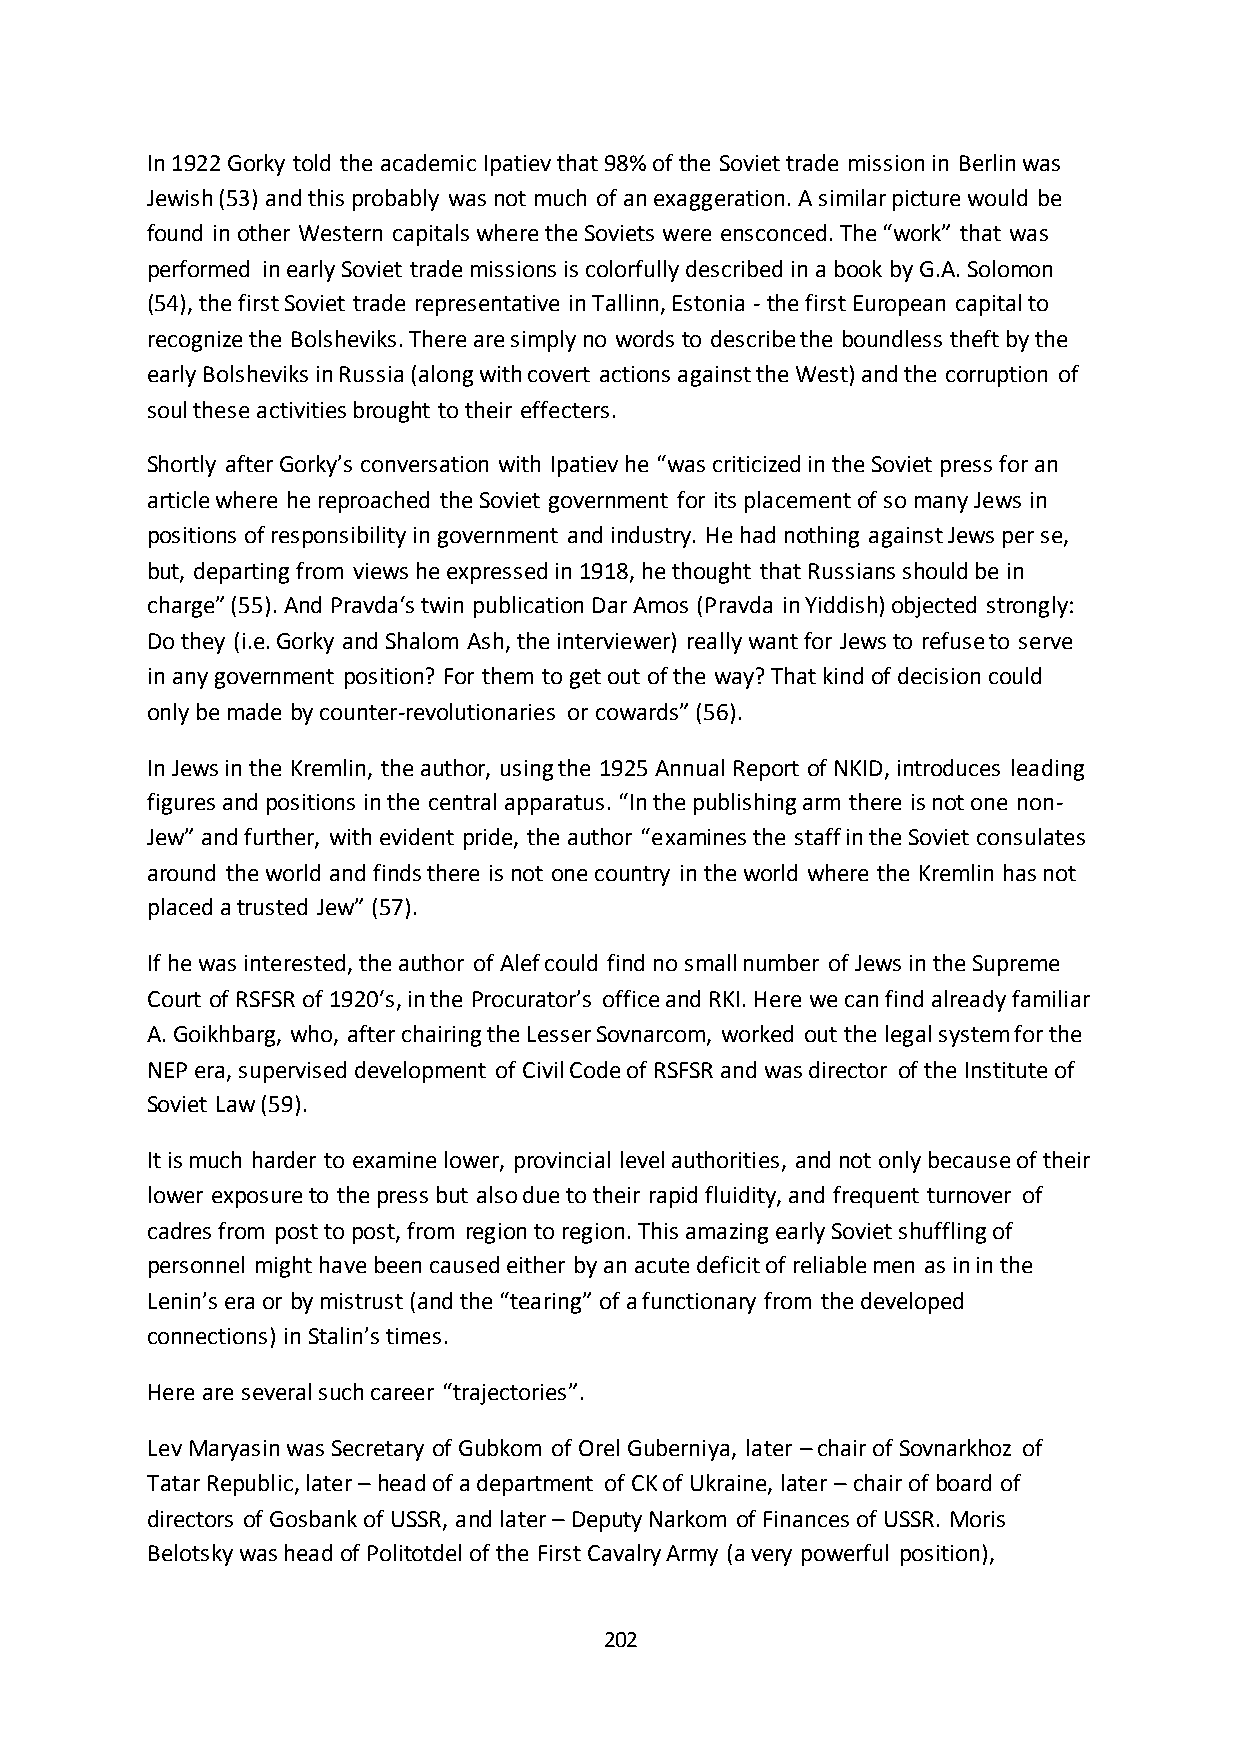
In 1922 Gorky told the academic Ipatiev that 98% of the Soviet trade mission in Berlin was
 Jewish (53) and this probably was not much of an exaggeration. A similar picture would be
 found in other Western capitals where the Soviets were ensconced. The “work” that was
 performed in early Soviet trade missions is colorfully described in a book by G.A. Solomon
 (54), the first Soviet trade representative in Tallinn, Estonia - the first European capital to
 recognize the Bolsheviks. There are simply no words to describe the boundless theft by the
 early Bolsheviks in Russia (along with covert actions against the West) and the corruption of
 soul these activities brought to their effecters.
 Shortly after Gorky’s conversation with Ipatiev he “was criticized in the Soviet press for an
 article where he reproached the Soviet government for its placement of so many Jews in
 positions of responsibility in government and industry. He had nothing against Jews per se,
 but, departing from views he expressed in 1918, he thought that Russians should be in
 charge” (55). And Pravda‘s twin publication Dar Amos (Pravda in Yiddish) objected strongly:
 Do they (i.e. Gorky and Shalom Ash, the interviewer) really want for Jews to refuse to serve
 in any government position? For them to get out of the way? That kind of decision could
 only be made by counter-revolutionaries or cowards” (56).
 In Jews in the Kremlin, the author, using the 1925 Annual Report of NKID, introduces leading
 figures and positions in the central apparatus. “In the publishing arm there is not one non-
 Jew” and further, with evident pride, the author “examines the staff in the Soviet consulates
 around the world and finds there is not one country in the world where the Kremlin has not
 placed a trusted Jew” (57).
 If he was interested, the author of Alef could find no small number of Jews in the Supreme
 Court of RSFSR of 1920′s, in the Procurator’s office and RKI. Here we can find already familiar
 A. Goikhbarg, who, after chairing the Lesser Sovnarcom, worked out the legal system for the
 NEP era, supervised development of Civil Code of RSFSR and was director of the Institute of
 Soviet Law (59).
 It is much harder to examine lower, provincial level authorities, and not only because of their
 lower exposure to the press but also due to their rapid fluidity, and frequent turnover of
 cadres from post to post, from region to region. This amazing early Soviet shuffling of
 personnel might have been caused either by an acute deficit of reliable men as in in the
 Lenin’s era or by mistrust (and the “tearing” of a functionary from the developed
 connections) in Stalin’s times.
 Here are several such career “trajectories”.
 Lev Maryasin was Secretary of Gubkom of Orel Guberniya, later – chair of Sovnarkhoz of
 Tatar Republic, later – head of a department of CK of Ukraine, later – chair of board of
 directors of Gosbank of USSR, and later – Deputy Narkom of Finances of USSR. Moris
 Belotsky was head of Politotdel of the First Cavalry Army (a very powerful position),
 202